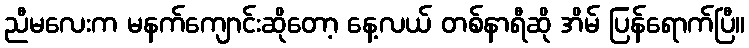
ညီမလေးက မနက်ကျောင်းဆိုတော့ နေ့လယ် တစ်နာရီဆို အိမ် ပြန်ရောက်ပြီ။